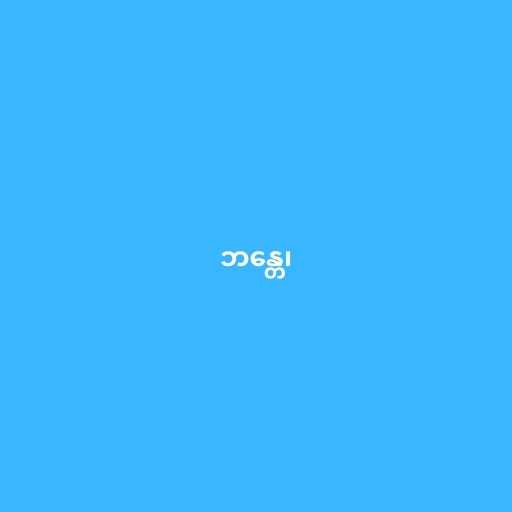
ဘန္တေ၊